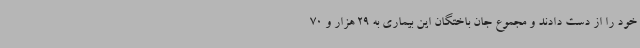
خود را از دست دادند و مجموع جان باختگان این بیماری به 29 هزار و 70